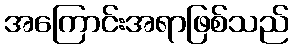
အကြောင်းအရာဖြစ်သည်